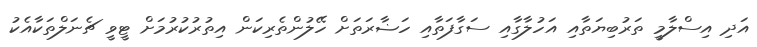
އަދި އިސްލާމީ ތަރުބިޔަތާއި އަހުލާގާއި ސަގާފަތާއި ހަޟާރަތަށް ހޭލުންތެރިކަން އިތުރުކުރުމަށް ޓީވީ ޗެނަލްތަކާއެކު